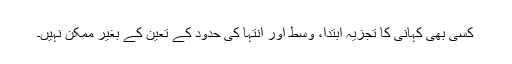
کسی بھی کہانی کا تجزیہ ابتدا، وسط اور انتہا کی حدود کے تعین کے بغیر ممکن نہیں۔